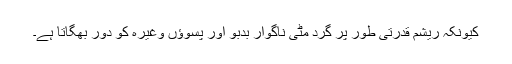
کیونکہ ریشم قدرتی طور پر گرد مٹی ناگوار بدبو اور پسوؤں وغیرہ کو دور بھگاتا ہے۔